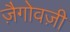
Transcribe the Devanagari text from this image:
ज़ैगोवज़ी